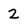
Character: 2